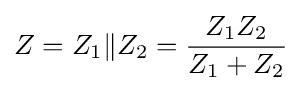
Z=Z_{1}\|Z_{2}={\frac {Z_{1}Z_{2}}{Z_{1}+Z_{2}}}